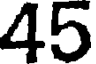
45